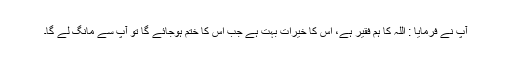
آپ نے فرمایا : اللہ کا ہم فقیر ہے، اس کا خیرات بہت ہے جب اس کا ختم ہوجائے گا تو آپ سے مانگ لے گا۔